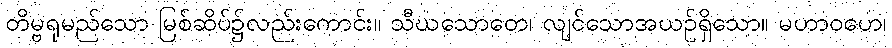
တိမ္ဗရုမည်သော မြစ်ဆိပ်၌လည်းကောင်း။ သီဃသောတေ၊ လျင်သောအယဉ်ရှိသော။ မဟာဝဟေ၊